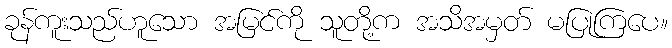
ခုန်ကူးသည်ဟူသော အမြင်ကို သူတို့က အသိအမှတ် မပြုကြပေ။